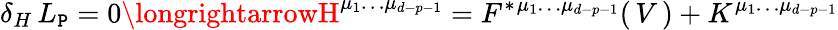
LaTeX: \delta_{H}\, L_{\mathtt{P}}=0\longrightarrowH^{\mu_{1}\dots\mu_{d-p-1}}=F^{*}{}^{\mu_{1}\dots\mu_{d-p-1}}(\, V\, )+K^{\mu_{1}\dots\mu_{d-p-1}}